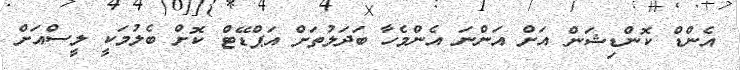
އެންޑް ކޮންޑިޝަން އަށް އަންނަ އެންމެހާ ބަދަލުތަށް އަޕްޑޭޓް ކޮށް ބެލުމަކީ ލީސްއަށް